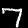
Digit: 7